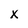
Character: X